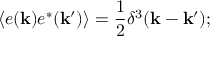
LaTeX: \langle e ( { \bf k } ) e ^ { * } ( { \bf k } ^ { \prime } ) \rangle = \frac { 1 } { 2 } \delta ^ { 3 } ( { \bf k - k ^ { \prime } } ) ;